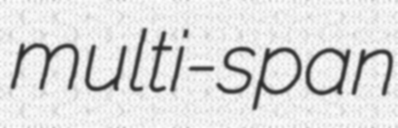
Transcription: multi-span